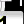
Digit: 1